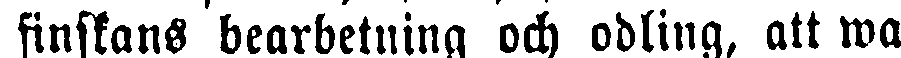
finskans bearbetning och odling, att wa-